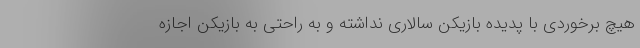
هیچ برخوردی با پدیده بازیکن سالاری نداشته و به راحتی به بازیکن اجازه